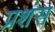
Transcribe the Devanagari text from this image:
प्रशंस